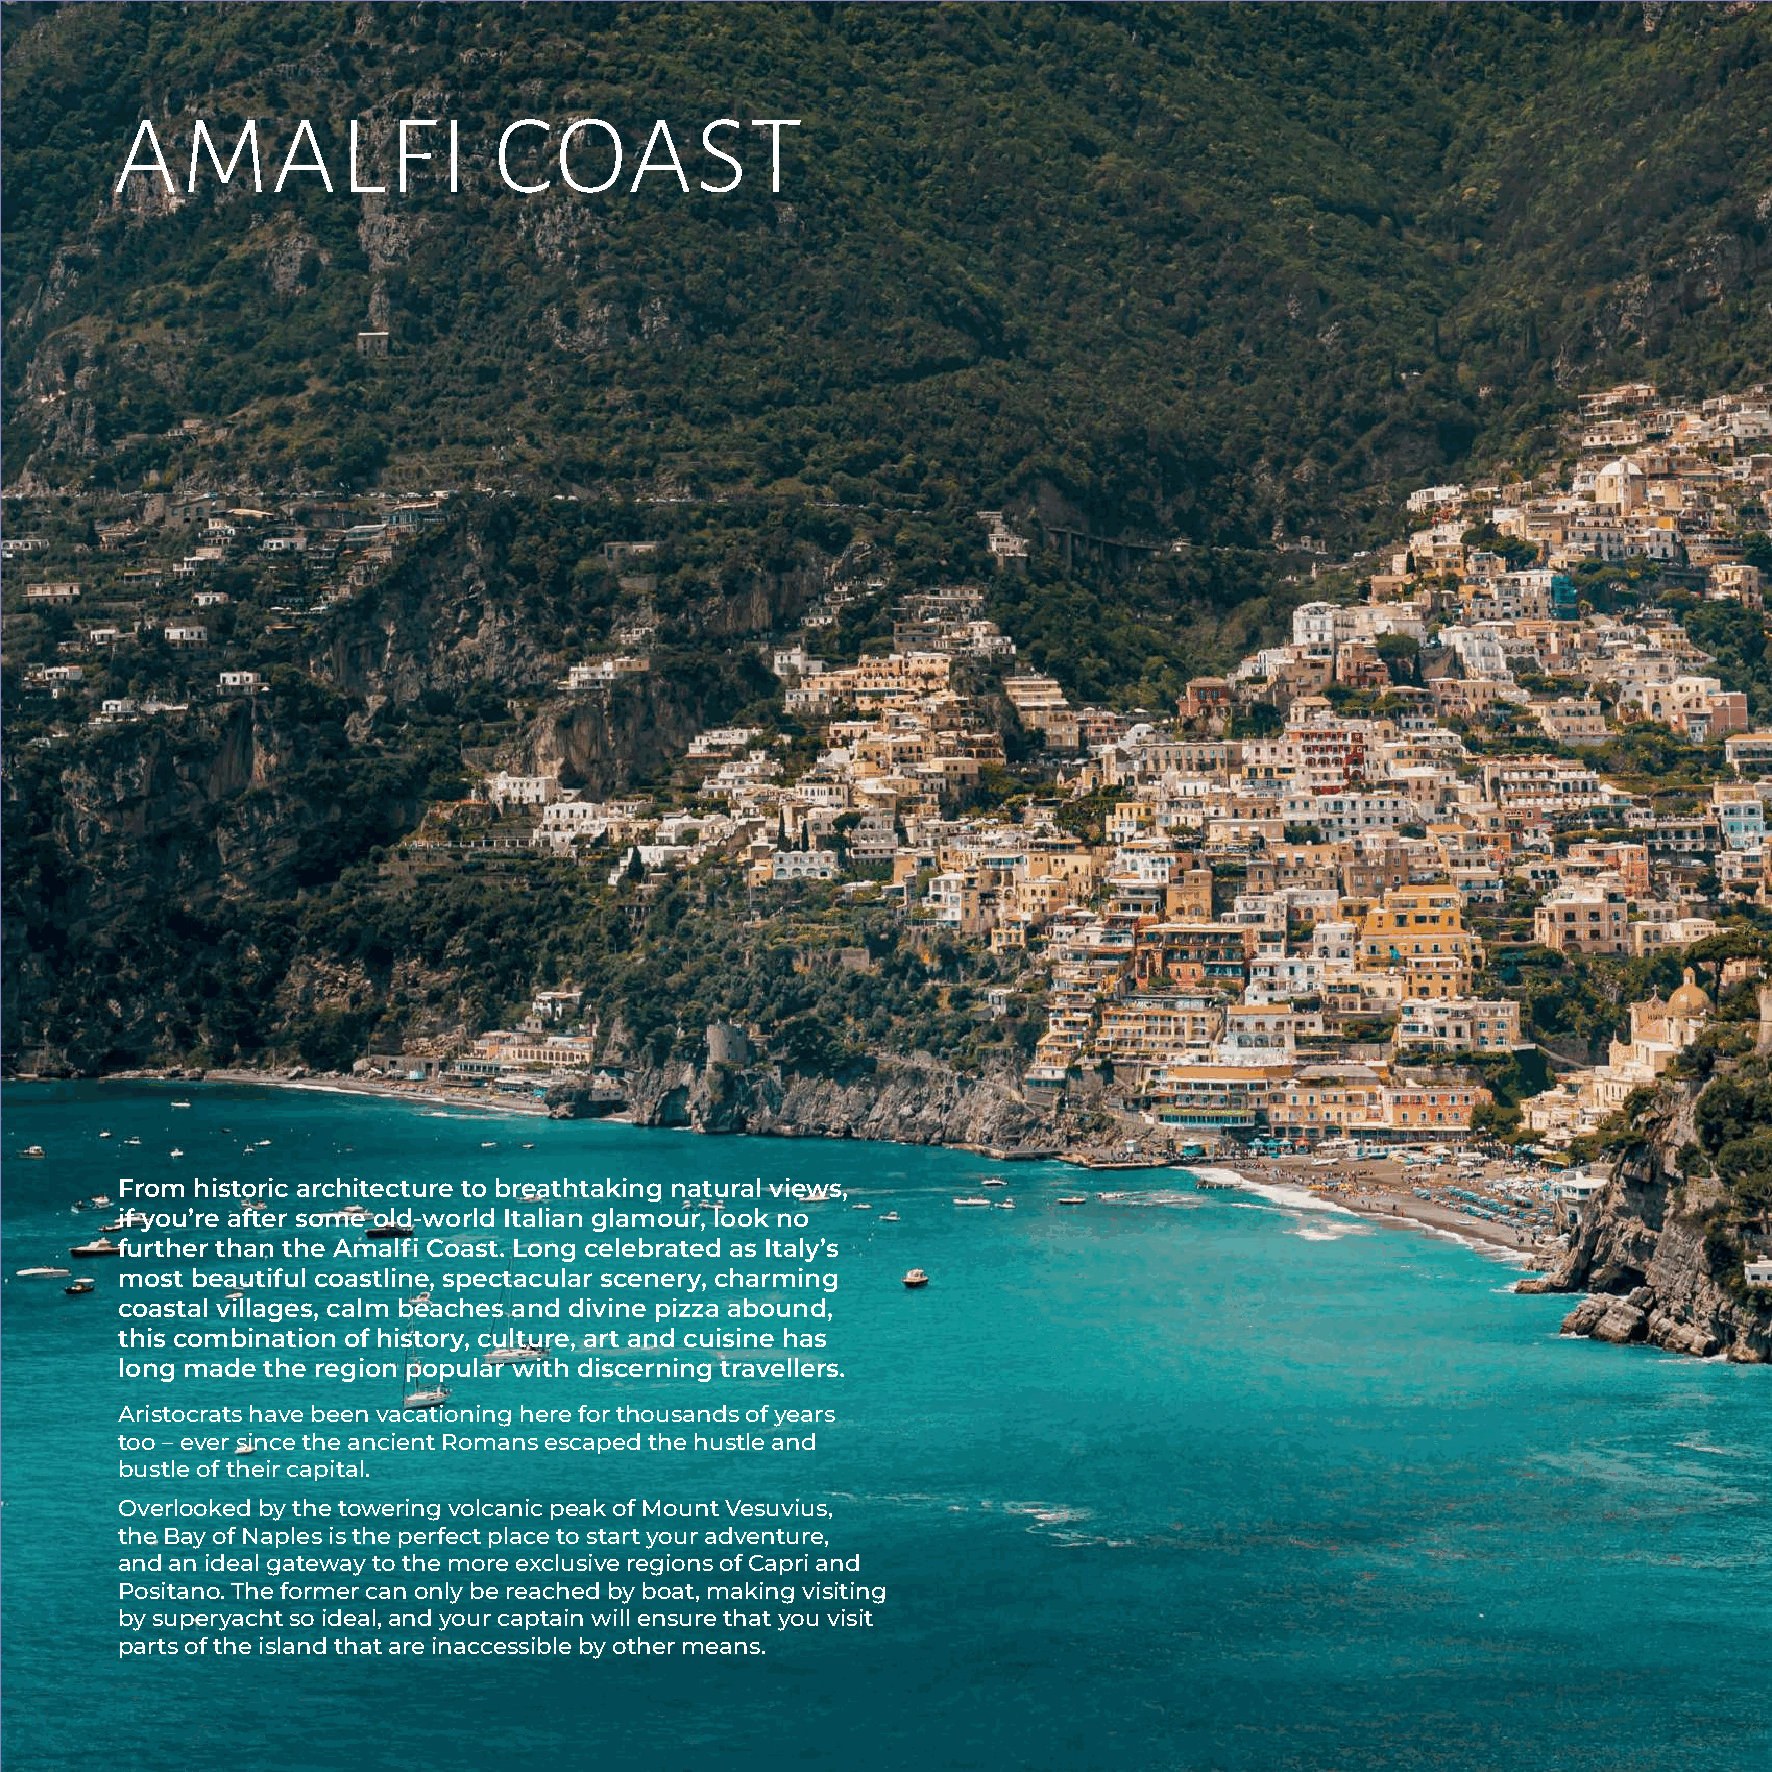
AMALFI                   COAST
 From historic architecture to breathtaking natural views,
 if you’re after some old-world Italian glamour, look no
 further than the Amalfi Coast. Long celebrated as Italy’s
 most beautiful coastline, spectacular scenery, charming
 coastal villages, calm beaches and divine pizza abound,
 this combination of history, culture, art and cuisine has
 long made the region popular with discerning travellers.
 Aristocrats have been vacationing here for thousands of years
 too – ever since the ancient Romans escaped the hustle and
 bustle of their capital.
 Overlooked by the towering volcanic peak of Mount Vesuvius,
 the Bay of Naples is the perfect place to start your adventure,
 and an ideal gateway to the more exclusive regions of Capri and
 Positano. The former can only be reached by boat, making visiting
 by superyacht so ideal, and your captain will ensure that you visit
 parts of the island that are inaccessible by other means.
 36